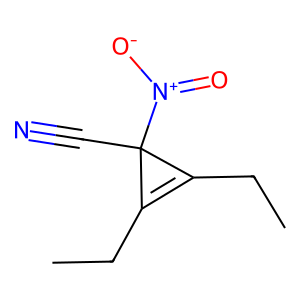
SMILES: CCC1=C(CC)C1(C#N)[N+](=O)[O-]
Inhibits HIV replication: No